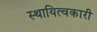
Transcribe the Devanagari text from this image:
स्थायित्वकारी